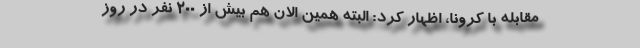
مقابله با کرونا، اظهار کرد: البته همین الان هم بیش از ۲۰۰ نفر در روز